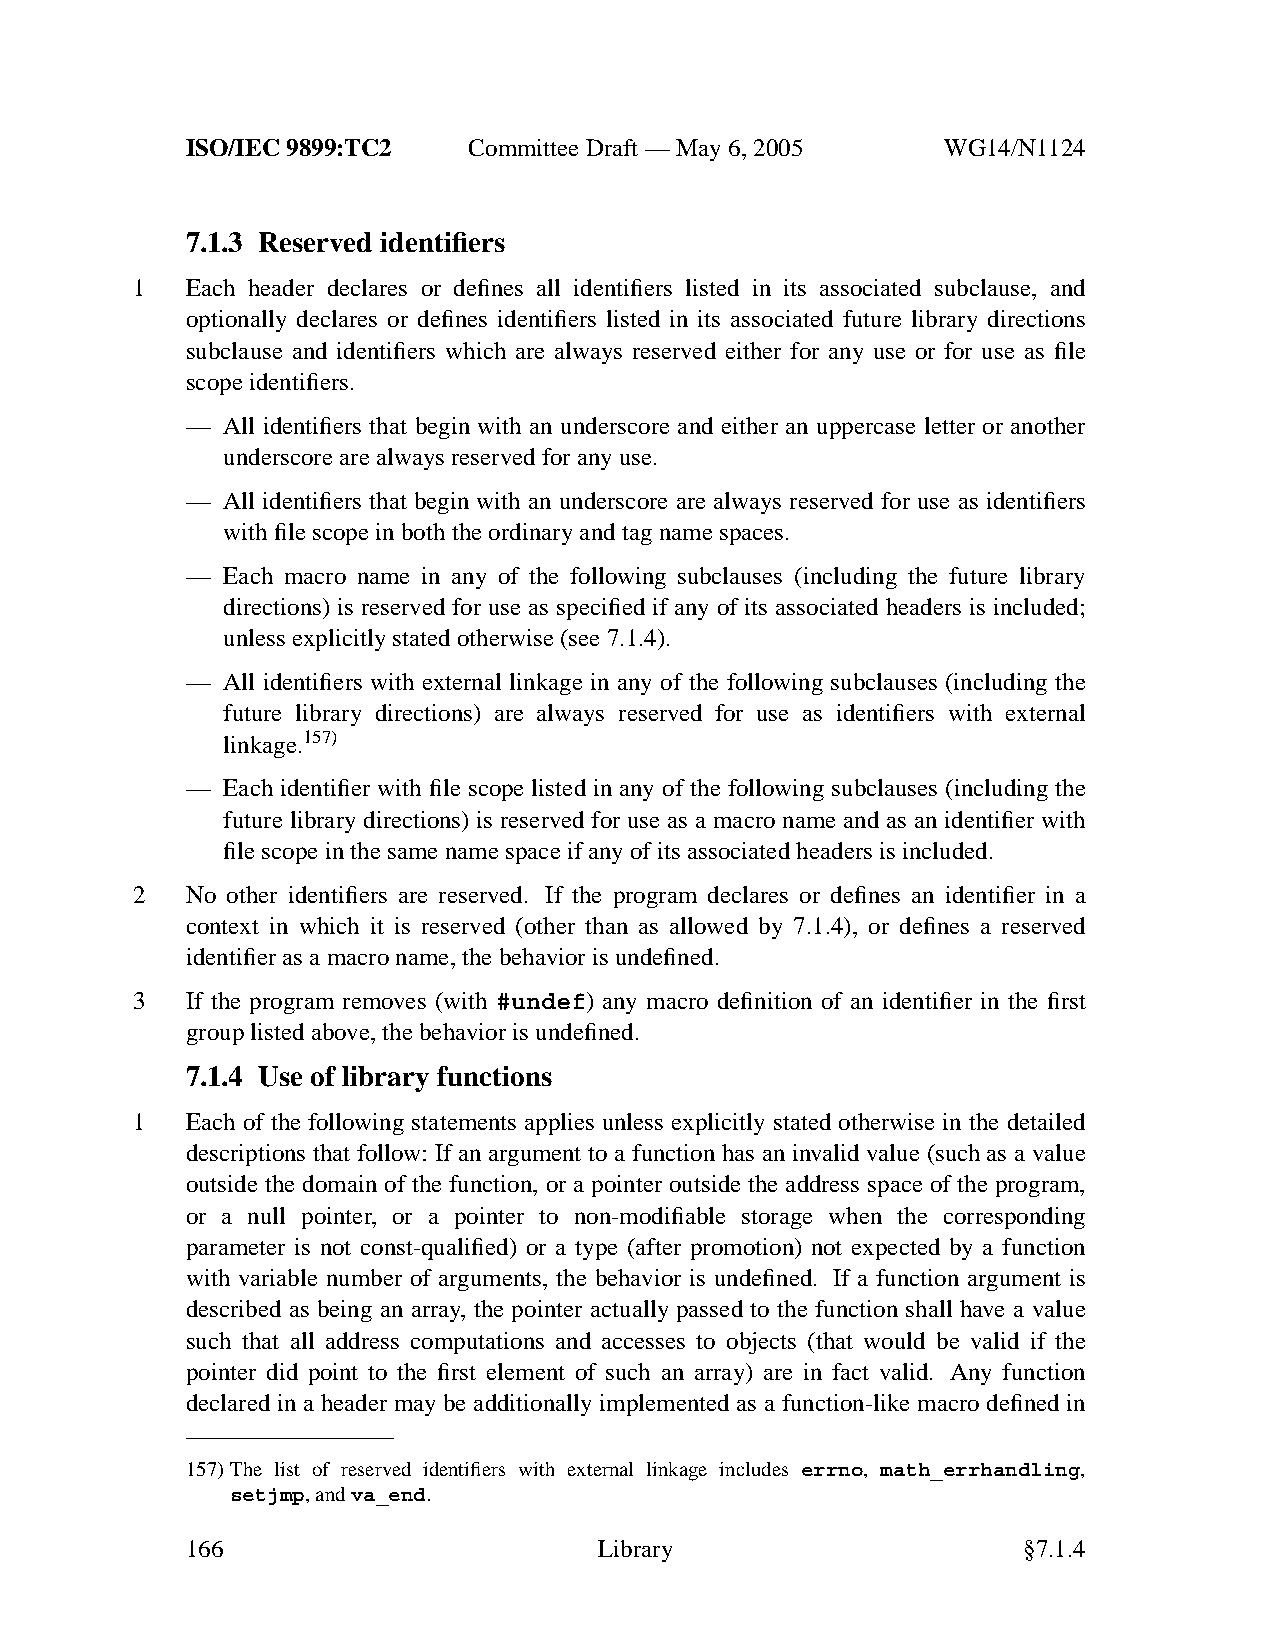
ISO/IEC 9899:TC2   Committee Draft — May 6, 2005   WG14/N1124
 7.1.3 Reserved identifiers
 1  Each header declares or defines all identifiers listed in its associated subclause, and
 optionally declares or defines identifiers listed in its associated future library directions
 subclause and identifiers which are always reserved either for any use or for use as file
 scope identifiers.
 —  All identifiers that begin with an underscore and either an uppercase letter or another
 underscore are always reserved for anyuse.
 —  All identifiers that begin with an underscore are always reserved for use as identifiers
 with file scope in both the ordinary and tag name spaces.
 —  Each macro name in any of the following subclauses (including the future library
 directions) is reserved for use as specified if any of its associated headers is included;
 unless explicitly stated otherwise (see 7.1.4).
 —  All identifiers with external linkage in any of the following subclauses (including the
 future library directions) are always reserved for use as identifiers with external
 linkage.157)
 —  Each identifier with file scope listed in any of the following subclauses (including the
 future library directions) is reserved for use as a macro name and as an identifier with
 file scope in the same name space if anyofits associated headers is included.
 2  No other identifiers are reserved. If the program declares or defines an identifier in a
 context in which it is reserved (other than as allowed by 7.1.4), or defines a reserved
 identifier as a macro name, the behavior is undefined.
 3  If the program removes (with #undef) any macro definition of an identifier in the first
 group listed above,the behavior is undefined.
 7.1.4 Use of library functions
 1  Each of the following statements applies unless explicitly stated otherwise in the detailed
 descriptions that follow: If an argument to a function has an invalid value (such as a value
 outside the domain of the function, or a pointer outside the address space of the program,
 or a null pointer, or a pointer to non-modifiable storage when the corresponding
 parameter is not const-qualified) or a type (after promotion) not expected by a function
 with variable number of arguments, the behavior is undefined. If a function argument is
 described as being an array, the pointer actually passed to the function shall have a value
 such that all address computations and accesses to objects (that would be valid if the
 pointer did point to the first element of such an array) are in fact valid. Any function
 declared in a header may be additionally implemented as a function-like macro defined in
 157)The list of reserved identifiers with external linkage includes errno, math_errhandling,
 setjmp,andva_end.
 166                         Library                     §7.1.4